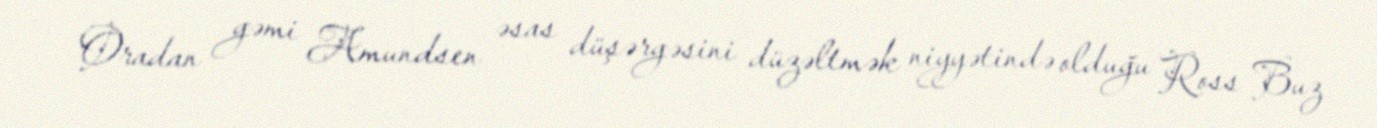
Oradan gəmi Amundsen əsas düşərgəsini düzəltmək niyyətində olduğu Ross Buz